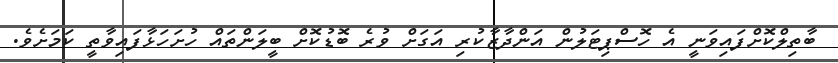
ބާތިލްކޮށްފައިވަނީ އެ ހޮސްޕިޓަލުން އަންދާޒާކުރި އަގަށް ވުރެ ބޮޑުކޮށް ބީލަންތައް ހުށަހަޅާފައިވާތީ ކަމަށެވެ.